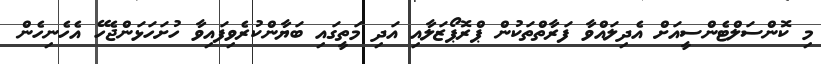
މި ކޮންސަލްޓެންސީއަށް އެދިލައްވާ ފަރާތްތަކުން ޕްރޮޕޯޒަލާއި އަދި މަތީގައި ބަޔާންކުރެވިފައިވާ ހުށަހަޅަންޖެހޭ އެހެނިހެން